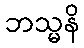
ဘသ္မနိ